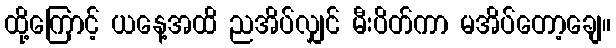
ထို့ကြောင့် ယနေ့အထိ ညအိပ်လျှင် မီးပိတ်ကာ မအိပ်တော့ချေ။